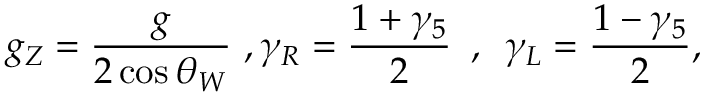
g _ { Z } = { \frac { g } { 2 \cos \theta _ { W } } } \, \, , \gamma _ { R } = { \frac { 1 + \gamma _ { 5 } } { 2 } } \, \, \, , \, \, \, \gamma _ { L } = { \frac { 1 - \gamma _ { 5 } } { 2 } } ,